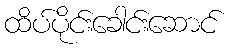
ထိပ်ပိုင်းခေါင်းဆောင်